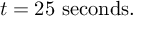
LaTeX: t = 2 5 \ \mathrm { s e c o n d s } .